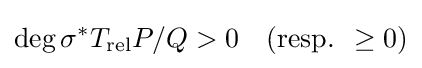
\deg \sigma ^{*}T_{\operatorname {rel} }P/Q>0\quad ({\text{resp. }}\geq 0)